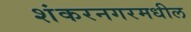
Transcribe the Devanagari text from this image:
शंकरनगरमधील